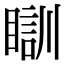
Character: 瞓